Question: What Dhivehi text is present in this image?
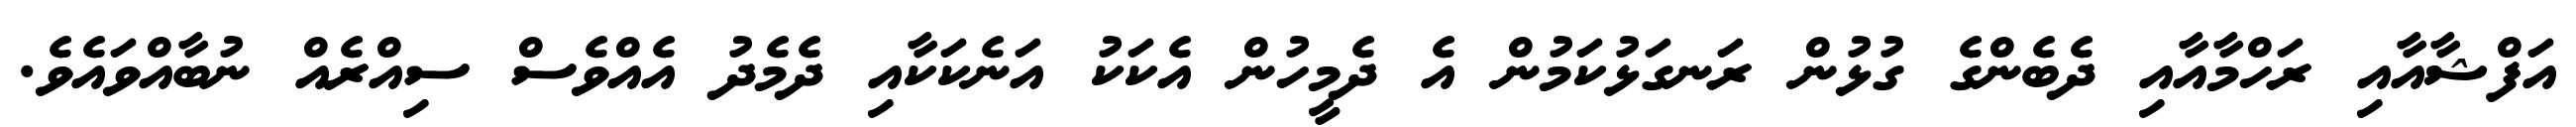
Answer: އަފްޝާއާއި ރަހްމާއާއި ދެބެންގެ ގުޅުން ރަނގަޅުކަމުން އެ ދެމީހުން އެކަކު އަނެކަކާއި ދެމެދު އެއްވެސް ސިއްރެއް ނުބާއްވައެވެ.